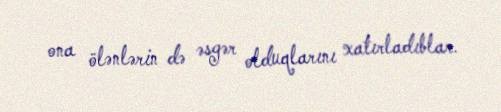
ona ölənlərin də əsgər olduqlarını xatırladıblar.